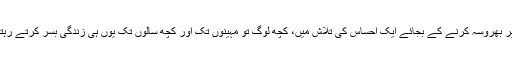
یسوع پر بھروسہ کرنے کے بجائے ایک احساس کی تلاش میں، کچھ لوگ تو مہینوں تک اور کچھ سالوں تک یوں ہی زندگی بسر کرتے رہتے ہیں۔